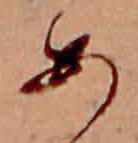
あ